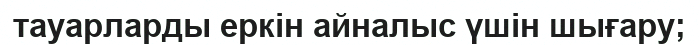
тауарларды еркін айналыс үшін шығару;